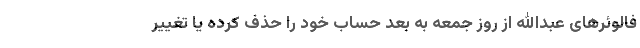
فالوئرهای عبدالله از روز جمعه به بعد حساب خود را حذف کرده یا تغییر